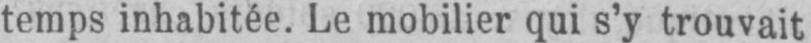
temps inhabitée. Le mobilier qui s’y trouvait